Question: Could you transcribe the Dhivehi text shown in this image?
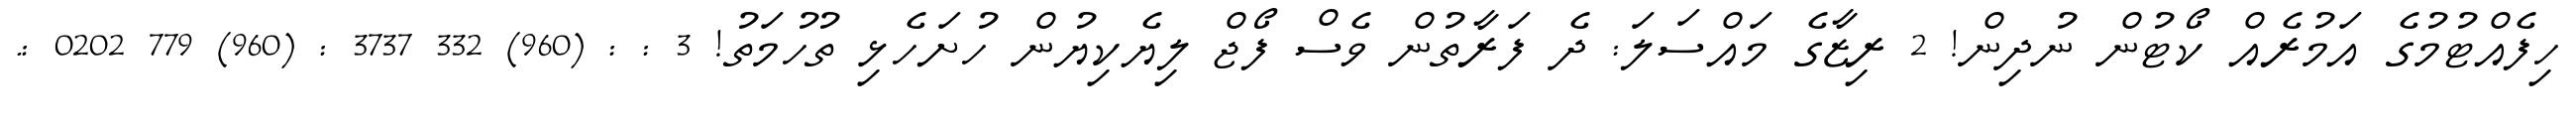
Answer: ހިފެއްޓުމުގެ އަމުރެއް ކޯޓުން ނުދިން! 2 ރިޒާގެ މައްސަލަ: ދެ ފަރާތުން ވެސް ފޯޖް ލިޔެކިޔުން ހުށަހެޅި ތުހުމަތު! 3 : : (960) 332 3737 : (960) 779 0202 :.